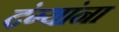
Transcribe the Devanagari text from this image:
दंग्यांना